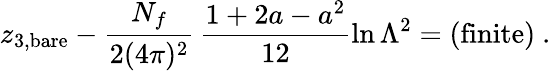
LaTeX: z_{3,\mathrm{bare}}-\frac{N_{f}}{2(4\pi)^{2}}\, \frac{1+2a-a^{2}}{12}\ln\Lambda^{2}=\mathrm{(finite)}\ .